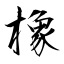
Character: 橡